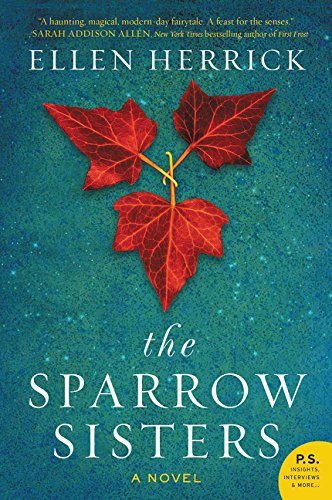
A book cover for The Sparrow Sisters: A Novel; Ellen Herrick; Science Fiction & Fantasy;